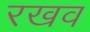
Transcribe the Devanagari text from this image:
रखव